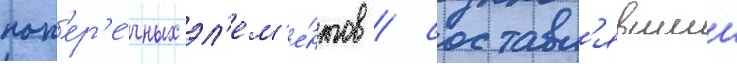
поп'ер'е́чных эл'ем'е́нтов / составл'явшии